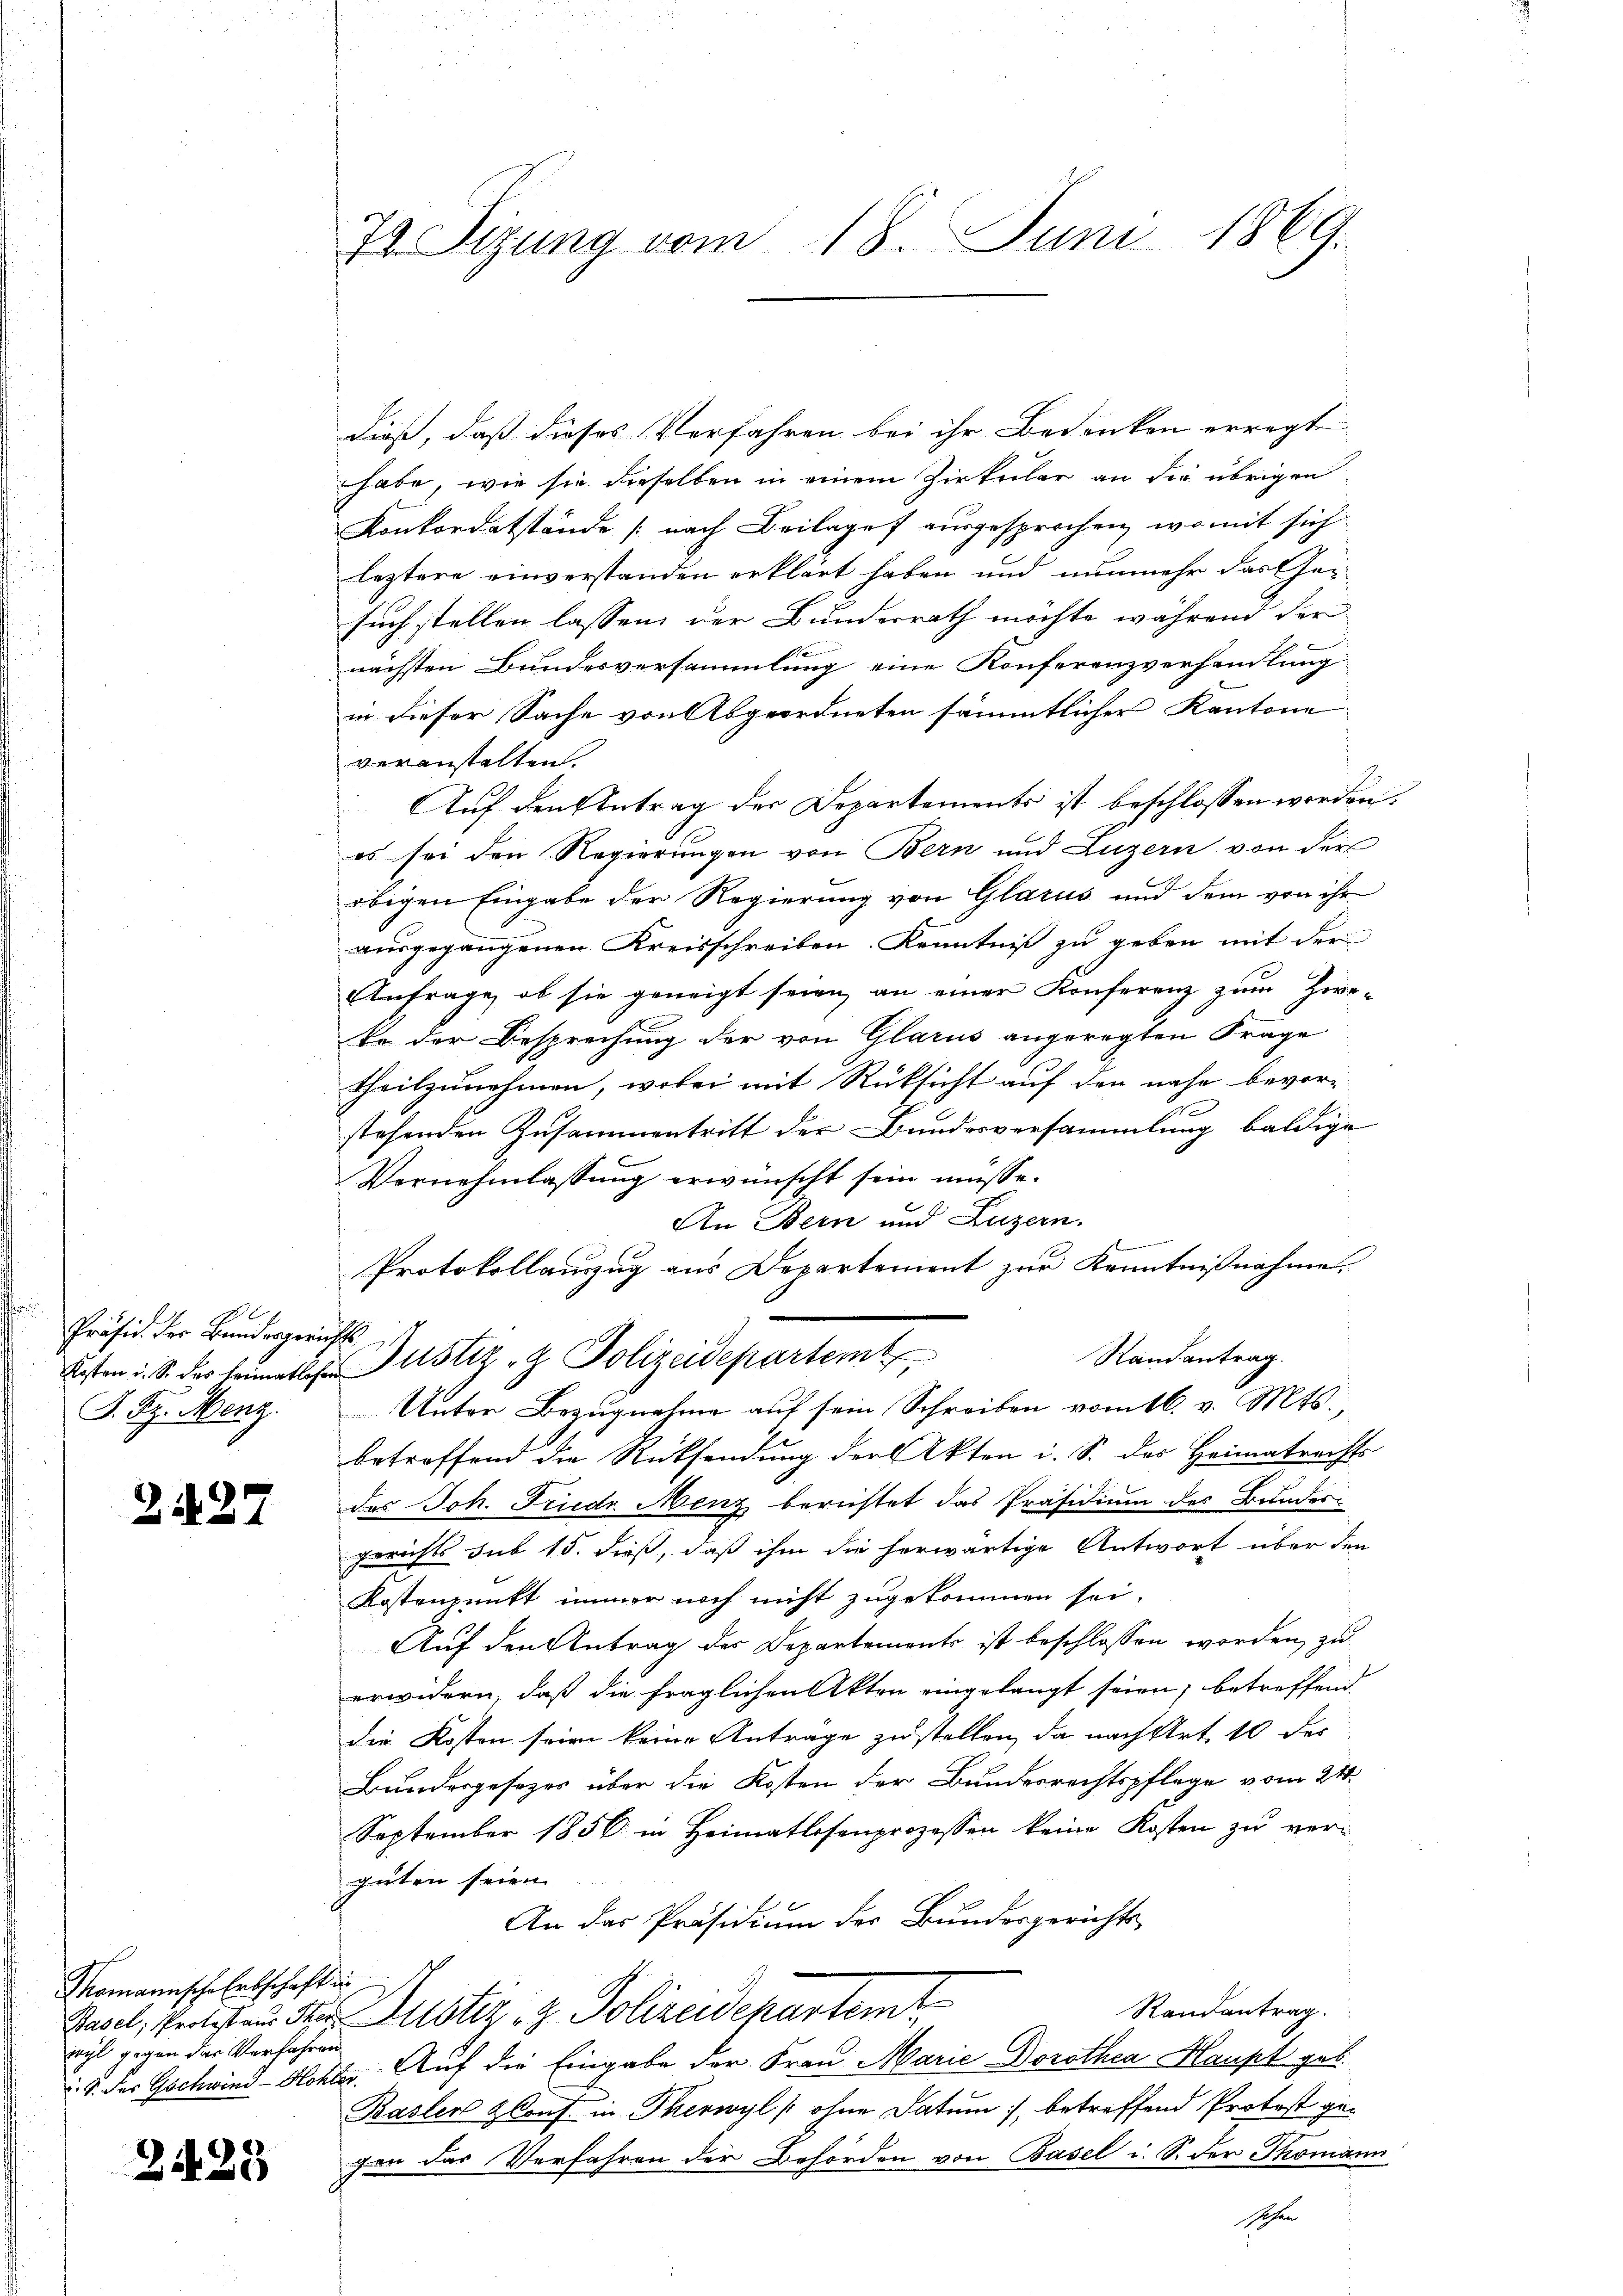
No 67
Präsid. Der Bundesgerichts
J. Bz. Menz.

2437

Thomannsche Erbschaft un
weyl gegen der Verfahren

2425

74. Sizung vom 18. Juni 1869.

dieß, daß dieses Verfahren bei ihr Bedenken erregt
habe, wie sie dieselben in einem Zirkular an die übrigen
Konkordatstände (nach Beilage ausgesprochen, womit sich
leztere einverstanden erklärt haben und nunmehr das Gesuch stellen lassen der Bundesrath möchte während der
nächsten Bundesversammlung eine Konferenzverhandlung
in dieser Sache von Abgeordneten sämmtlicher Kantone
veranstalten.
Auf den Antrag der Departements ist beschlossen worden.
es sei den Regierungen von Bern und Luzern von der
obigen Eingabe der Regierung von Glarus und dem von ihr
ausgegangenen Kreisschreiben Kenntniß zu geben mit der
Anfrage, ob sie geneigt seien, an einer Konferenz zum Zwete der Besprechung der von Glarus angeregten Frage
theilzunehmen, wobei mit Rüksicht auf den nahe bevor-
stehenden Zusammentritt der Bundesversammlung baldige
Vernehmlassung erwünscht sein müsse.
An Bern und Luzern.
Protokollauszug aus Departement zur Kenntnißnahme.
Randantrag.
Kosten u. S. der Heimatlichen Justiz- & Polizeidepartem
Unter Bezugnahme auf sein Schreiben vom 16. v. Mts.,
betreffend die Rücksendung der Akten i. S. des Heimatrechts
des Joh. Friedr Menz berichtet das Präsidium des Bundergerichts sub 15. dieß, daß ihm die herwärtige Antwort über den
Kostenpunkt immer noch nicht zugekommen sei,
Auf den Antrag des Departements ist beschlossen worden, zu
erwidern, daß die fraglichen Akten eingelangt seien; betreffend
die Kosten seien keine Anträge zu stellen, da nach Art. 10 des
Bundesgesezes über die Kosten der Bundesrechtspflege vom 21.
September 1856 in Heimatlosenprozessen keine Kosten zu ver-
güten seien |
An das Präsidium der Bundesgerichts-
Randantrag.
Basel, Protesten der Justiz & Polizeidepartemt
1. der Gschwind-Hohler. Auf die Eingabe der Frau Marie Dorothea Haupt geb.
Baslen Conf in Therwyl (ohne Datum, betreffend Protest gegen das Verfahren der Behörden von Basel i. S. der Thomann
Hohen